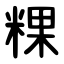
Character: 粿